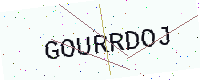
Text: GOURRDOJ